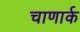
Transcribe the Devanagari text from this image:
चाणार्क